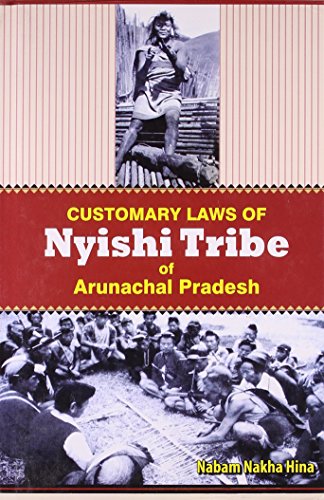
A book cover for Customary Law of Nyishi Tribes of Arunachal Pradesh; Nabam Nakha Hina; Law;